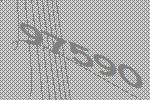
97590